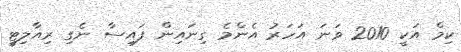
ކިމް އަކީ 2010 ވަނަ އަހަރު އެންމެ ގިނައިން ފައިސާ ނެގި ރިއާލިޓީ